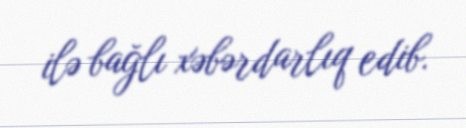
ilə bağlı xəbərdarlıq edib.